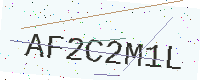
Text: AF2C2M1L